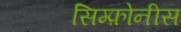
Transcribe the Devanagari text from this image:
सिम्फ़ोनीस